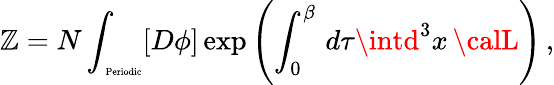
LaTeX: {\cal\mathbb{Z}}=N\int_{\mathrm{{\tiny~Periodic}}}[D\phi]\exp{\left(\int_{0}^{\beta}\, d\tau\intd^{3}x\, {\calL}\right)}\, ,